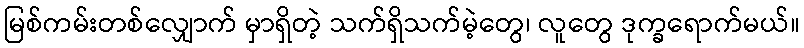
မြစ်ကမ်းတစ်လျှောက် မှာရှိတဲ့ သက်ရှိသက်မဲ့တွေ၊ လူတွေ ဒုက္ခရောက်မယ်။